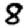
Digit: 8